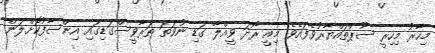
މިހާރު މިހިރީ ސޫޕްތައްޔާރުވެފައެވެ. މިއީ ރޯދަ ވީއްލާ ގަޑި ނުވަތަ ތަރާވީސްގަޑިގައި އިންސާފުކޮށްލަން